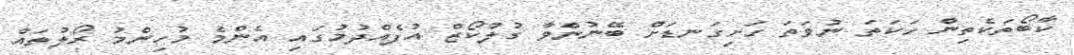
ކާބޯތަކެތިން ހަކަތަ ނުވަތަ ހަށިގަނޑަށް ބޭނުންވާ ގުލްކޯޒް އުފެއްދުމުގައި އެންމެ މުހިންމު ރޯލުތައް